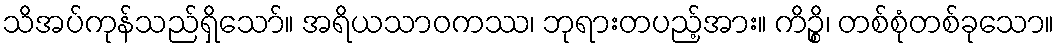
သိအပ်ကုန်သည်ရှိသော်။ အရိယသာဝကဿ၊ ဘုရားတပည့်အား။ ကိဉ္စိ၊ တစ်စုံတစ်ခုသော။